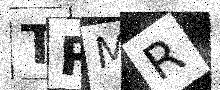
Text: TRMR